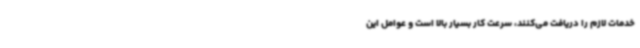
خدمات لازم را دریافت می‌کنند، سرعت کار بسیار بالا است و عوامل این